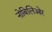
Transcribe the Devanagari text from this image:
नोबिलिओर